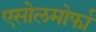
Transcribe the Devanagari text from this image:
एसोलमोर्फा